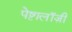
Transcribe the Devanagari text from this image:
पेष्टालॉज़ी